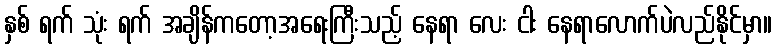
နှစ် ရက် သုံး ရက် အချိန်ကတော့အရေးကြီးသည့် နေရာ လေး ငါး နေရာလောက်ပဲလည်နိုင်မှာ။